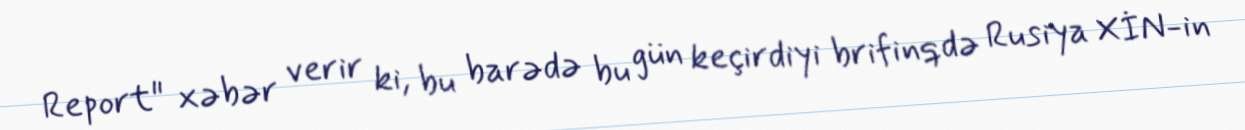
Report" xəbər verir ki, bu barədə bu gün keçirdiyi brifinqdə Rusiya XİN-in